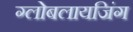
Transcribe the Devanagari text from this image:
ग्लोबलायजिंग